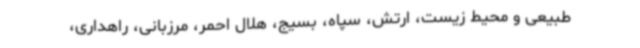
طبیعی و محیط زیست، ارتش، سپاه، بسیج، هلال احمر، مرزبانی، راهداری،